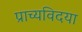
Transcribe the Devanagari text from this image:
प्राच्यविदया